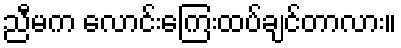
ညီမက လောင်းကြေးထပ်ချင်တာလား။